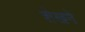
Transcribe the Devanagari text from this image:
शेखने